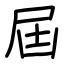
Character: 屆